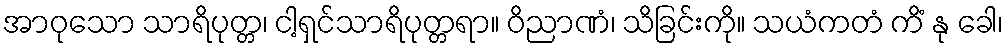
အာဝုသော သာရိပုတ္တ၊ ငါ့ရှင်သာရိပုတ္တရာ။ ဝိညာဏံ၊ သိခြင်းကို။ သယံကတံ ကိံ နု ခေါ၊